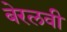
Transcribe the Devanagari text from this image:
बेरलवी